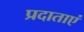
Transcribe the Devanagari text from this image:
प्रदाताएं